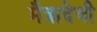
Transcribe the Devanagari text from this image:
मैत्रादेवी